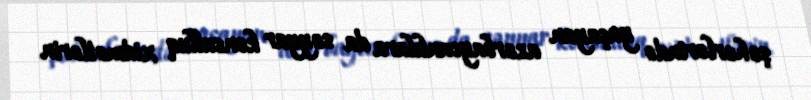
şəhərlərində yaşayan azərbaycanlılara da səyyar konsulluq xidmətlərin